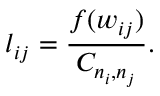
l _ { i j } = \frac { f ( w _ { i j } ) } { C _ { n _ { i } , n _ { j } } } .